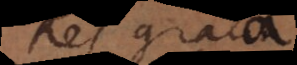
Res grata